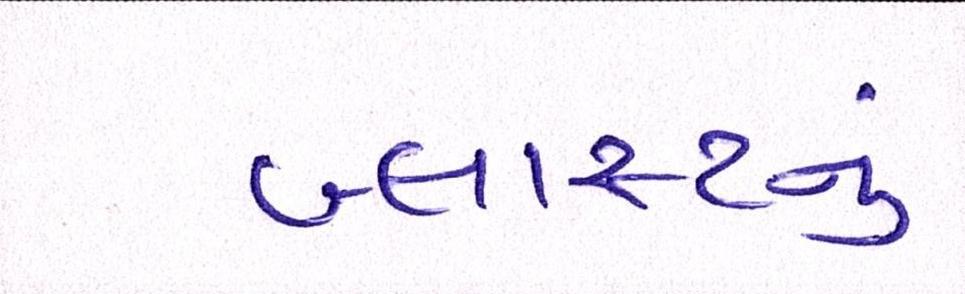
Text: બ્લાસ્ટનું